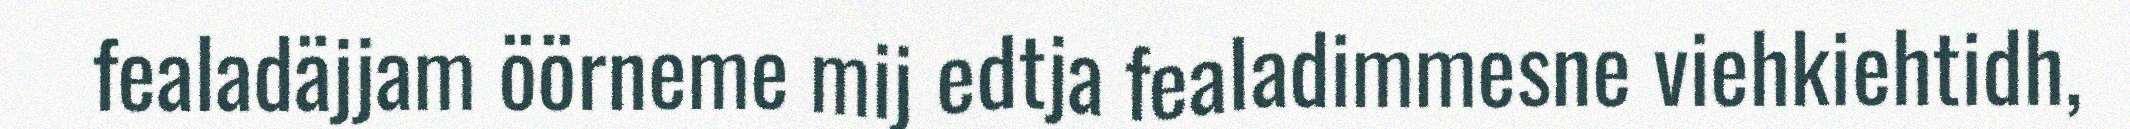
fealadäjjam öörneme mij edtja fealadimmesne viehkiehtidh,